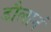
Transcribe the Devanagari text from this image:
डौलानं